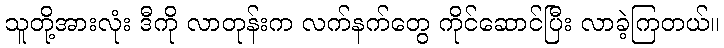
သူတို့အားလုံး ဒီကို လာတုန်းက လက်နက်တွေ ကိုင်ဆောင်ပြီး လာခဲ့ကြတယ်။